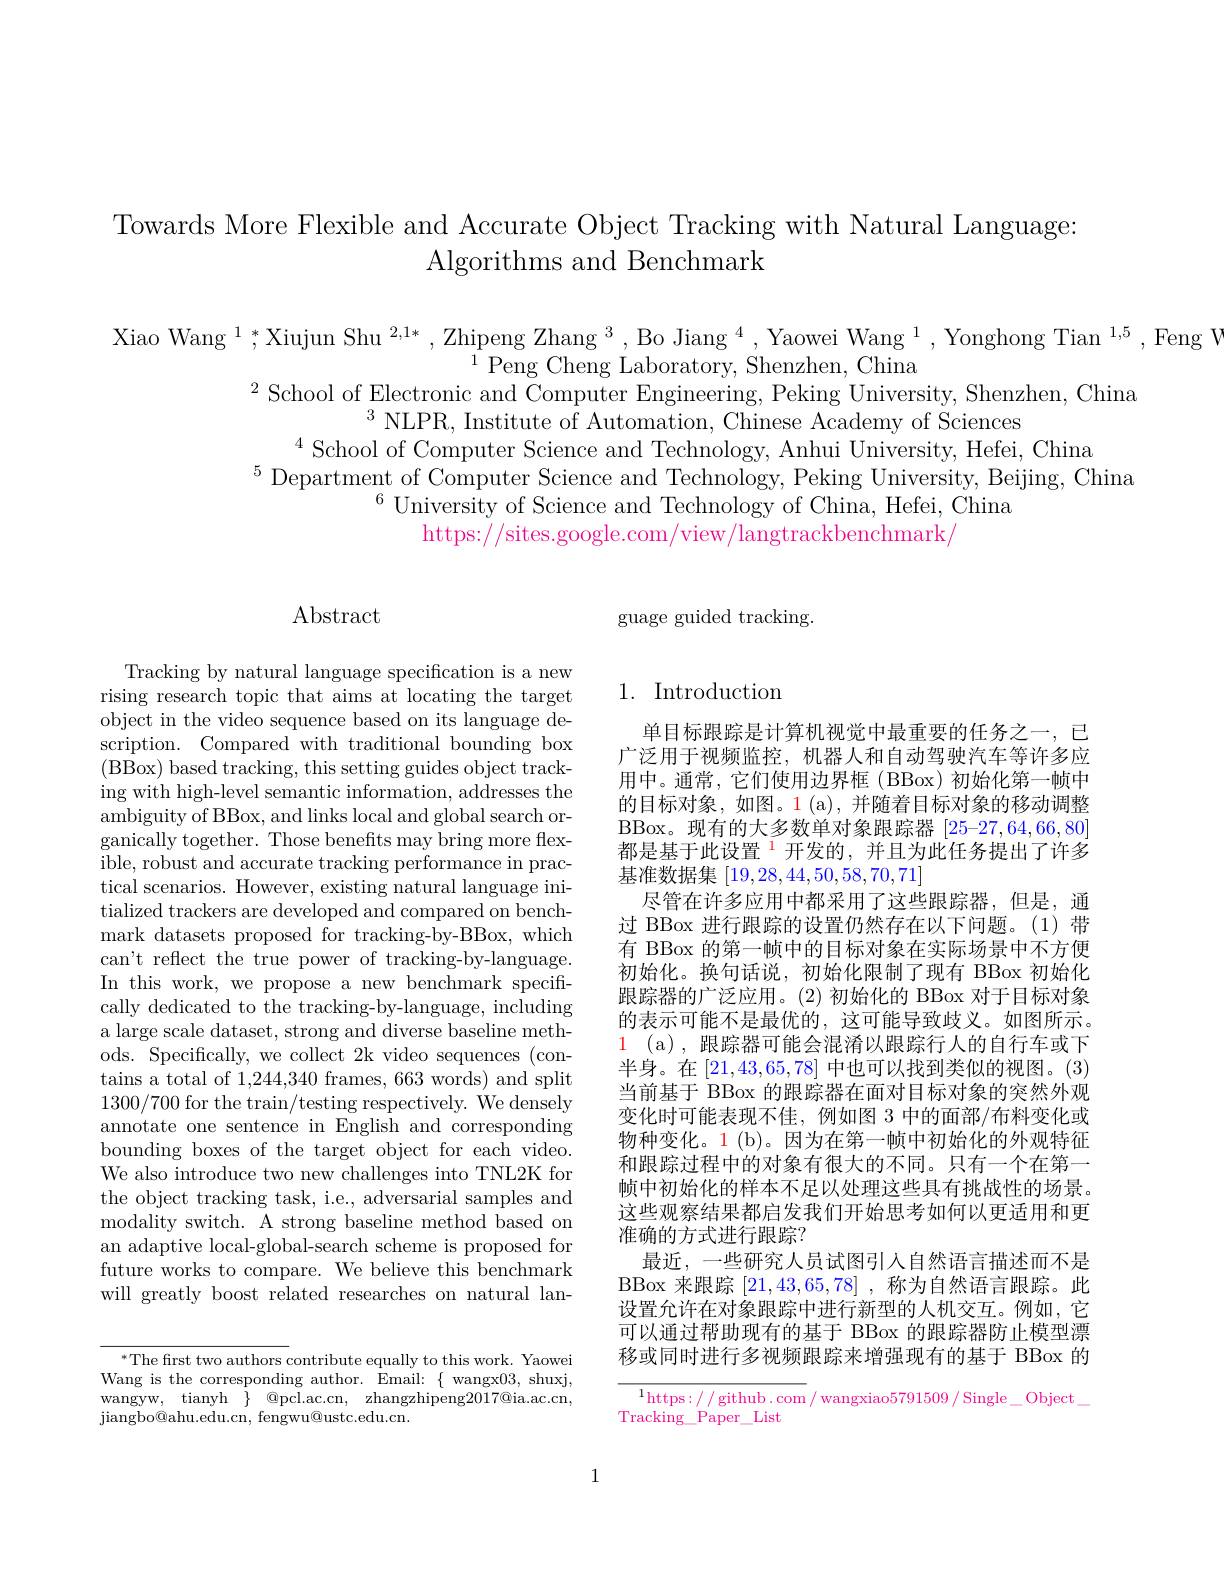
Towards More Flexible and Accurate Object Tracking with Natural Language:
Algorithms and Benchmark

Xiao Wang $^1,*$Xiujun Shu $^2,1*,\text{Zhipeng Zhang}^{3},\text{Bo Jiang }^{4},\text{Yaowei Wang }^{1}$,Yonghong Tian$^1,5$,Feng V
$^{1}$Peng Cheng Laboratory, Shenzhen, China
$^{2}$ School of Electronic and Computer Engineering, Peking University, Shenzhen, China
$^{3}$NLPR, Institute of Automation, Chinese Academy of Sciences
$^{4}$ School of Computer Science and Technology, Anhui University, Hefei, China
$^5$Department of Computer Science and Technology, Peking University, Beijing, China
$^{6}$University of Science and Technology of China, Hefei, China
https://sites.google.com/view/langtrackbenchmark/

guage guided tracking

$\operatorname{Abstract}$

Tracking by natural language specification is a new rising research topic that aims at locating the target object in the video sequence based on its language description. Compared with traditional bounding box (BBox) based tracking, this setting guides object tracking with high-level semantic information, addresses the ambiguity of BBox, and links local and global search organically together. Those benefits may bring more flex- ${\mathrm{ible,~robust~and~accurate~tracking~performance~in~prac-}}$ tical scenarios. However, existing natural language initialized trackers are developed and compared on benchmark datasets proposed for tracking-by-BBox, which can't reflect the true power of tracking-by-language. In this work, we propose a new benchmark specifically dedicated to the tracking-by-language, including a large scale dataset, strong and diverse baseline methods. Specifically, we collect 2k video sequences (contains a total of 1,244,340 frames, 663 words) and split 1300/700 for the train/testing respectively. We densely annotate one sentence in English and corresponding bounding boxes of the target object for each video. We also introduce two new challenges into TNL2K for the object tracking task, i.e., adversarial samples and modality switch. A strong baseline method based on an adaptive local-global-search scheme is proposed for future works to compare. We believe this benchmark will greatly boost related researches on natural lan-

$^{*}$The first two authors contribute equally to this work. Yaowei Wang is the corresponding author. Email: $\{$wangx03, shuxj, wangyw, tianyh $\}$ @pcl.ac.cn, zhangzhipeng$2017@$ia.ac.cn, jiangbo@ ahu. edu. cn, fengwu@ ustc. edu. cn.

# 1. Introduction

单目标跟踪是计算机视觉中最重要的任务之一，已广泛用于视频监控，机器人和自动驾驶汽车等许多应用中。通常，它们使用边界框(BBox)初始化第一帧中的目标对象，如图。1(a),并随着目标对象的移动调整BBox。现有的大多数单对象跟踪器[25-27,64,66,80] 都是基于此设置$^{1}$开发的，并且为此任务提出了许多基准数据集[19,28,44,50,58,70,71]
尽管在许多应用中都采用了这些跟踪器，但是，通过 BBox 进行跟踪的设置仍然存在以下问题。(1)带有 BBox 的第一帧中的目标对象在实际场景中不方便初始化。换句话说，初始化限制了现有 BBox 初始化跟踪器的广泛应用。(2)初始化的 BBox 对于目标对象的表示可能不是最优的，这可能导致歧义。如图所示。$\color{red}1\:(\mathrm{a})\:$,跟踪器可能会混淆以跟踪行人的自行车或下半身。在[21,43,65,78]中也可以找到类似的视图。(3) 当前基于 BBox 的跟踪器在面对目标对象的突然外观变化时可能表现不佳，例如图 3 中的面部/布料变化或物种变化。1 (b)。因为在第一帧中初始化的外观特征和跟踪过程中的对象有很大的不同。只有一个在第一帧中初始化的样本不足以处理这些具有挑战性的场景。这些观察结果都启发我们开始思考如何以更适用和更准确的方式进行跟踪？
最近，一些研究人员试图引入自然语言描述而不是BBox 来跟踪[21,43,65,78] ,称为自然语言跟踪。此设置允许在对象跟踪中进行新型的人机交互。例如，它可以通过帮助现有的基于 BBox 的跟踪器防止模型漂移或同时进行多视频跟踪来增强现有的基于 BBox 的

$^{1}$https://github.com/wangxiao5791509/Single\_Object\_
Tracking\_Paper\_List

1